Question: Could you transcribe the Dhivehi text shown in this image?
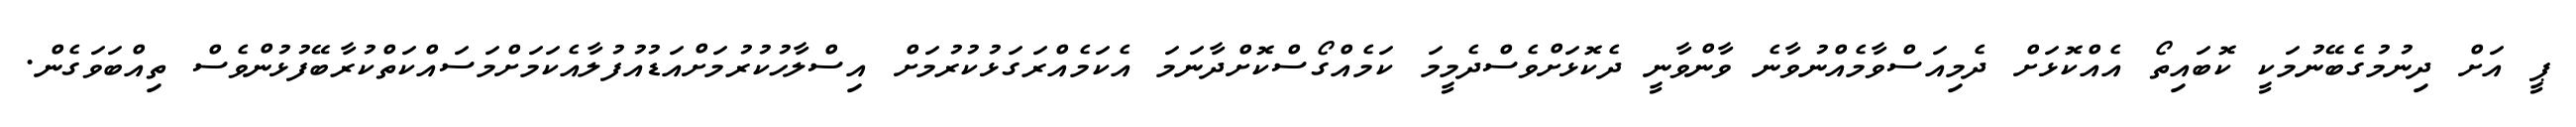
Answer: ޕީ އަށް ދިނުމުގެބޭނުމަކީ ކޮބައިތޯ އެއްކޮޅަށް ދެމިއަސްވާމެއްނުވާނެ ވާންވާނީ ދެކޮޅަށްވެސްދެމީމަ ކަމެއްގޯސްކޮށްދާނަމަ އެކަމެއްރަގަޅުކުރުމަށް އިސްލާހުކުރުމަށްއަޑުއުފުލާއެކަމަށްމަސައްކަތްކުރާބޭފުޅުންވެސް ތިއްބަވަގެން.